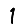
Digit: 1